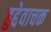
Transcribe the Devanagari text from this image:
हुद्देवाचक